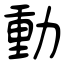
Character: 動